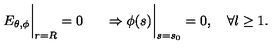
\left. \phantom { \frac { 1 } { \mu _ { 2 } } } E _ { \theta , \phi } \right| _ { r = R } = 0 \left. \phantom { \frac { 1 } { \mu _ { 2 } } } \Rightarrow \phi ( s ) \right| _ { s = s _ { 0 } } = 0 , \quad \forall l \geq 1 .